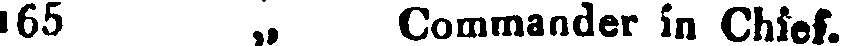
165 „ Commander in Chief.